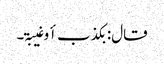
قال: بکذب أو غیبۃ۔